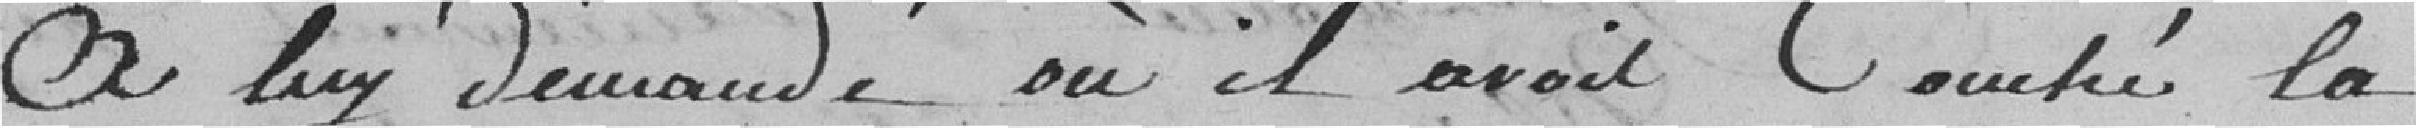
On lui demande où il avait coupé la